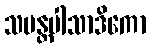
သမန္တပါသာဒိကော